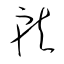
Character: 就